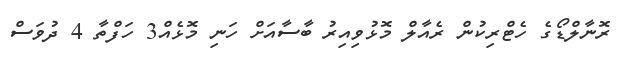
ރޮނާލްޑޯގެ ހެޓްރިކުން ރެއާލް މޮޅުވިއިރު ބާސާއަށް ހަނި މޮޅެއް3 ހަފްތާ 4 ދުވަސް